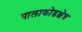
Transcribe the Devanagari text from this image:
पालाकोडक्षेत्र